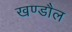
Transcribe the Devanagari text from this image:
खण्डौल